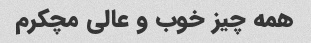
همه چیز خوب و عالی مچکرم